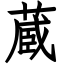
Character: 蔵